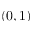
( 0 , 1 )